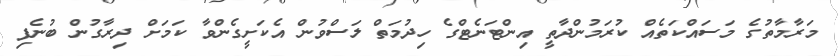
މަރާމާތުގެ މަސައްކަތެއް ކުރަމުންދާތީ އިންޓަނެޓްގެ ހިދުމަތް ލަސްވުން އެކަށީގެންވާ ކަމަށް ދިރާގުން ބުނެފި